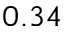
0 . 3 4